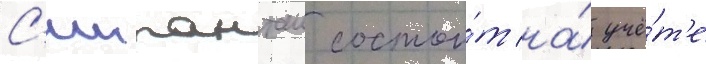
С'иипанташ состои́т на́ учё́т'е